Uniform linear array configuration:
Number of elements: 48
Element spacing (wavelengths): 0.75
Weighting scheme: hann
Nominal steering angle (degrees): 15
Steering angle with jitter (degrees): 16.68
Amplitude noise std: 0.05
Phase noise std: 0.05

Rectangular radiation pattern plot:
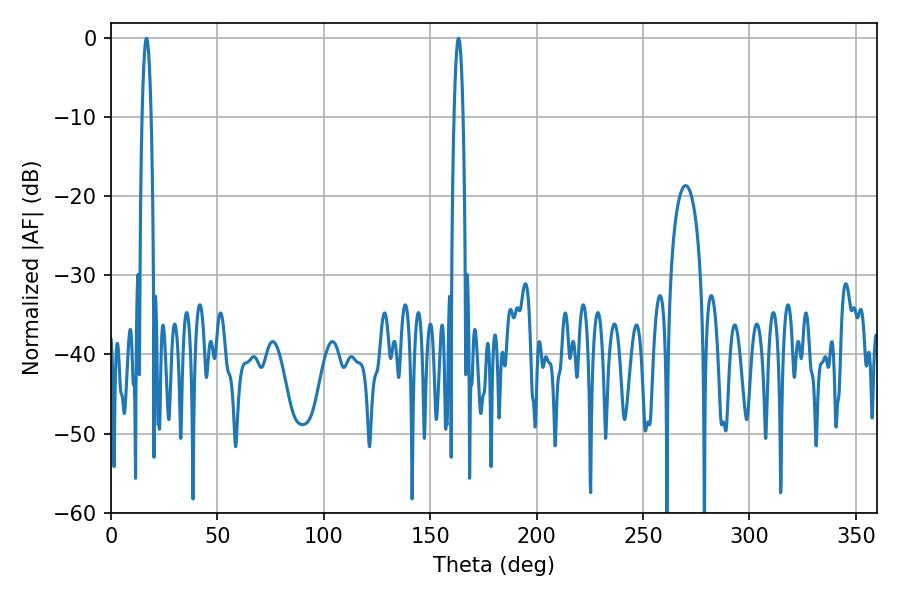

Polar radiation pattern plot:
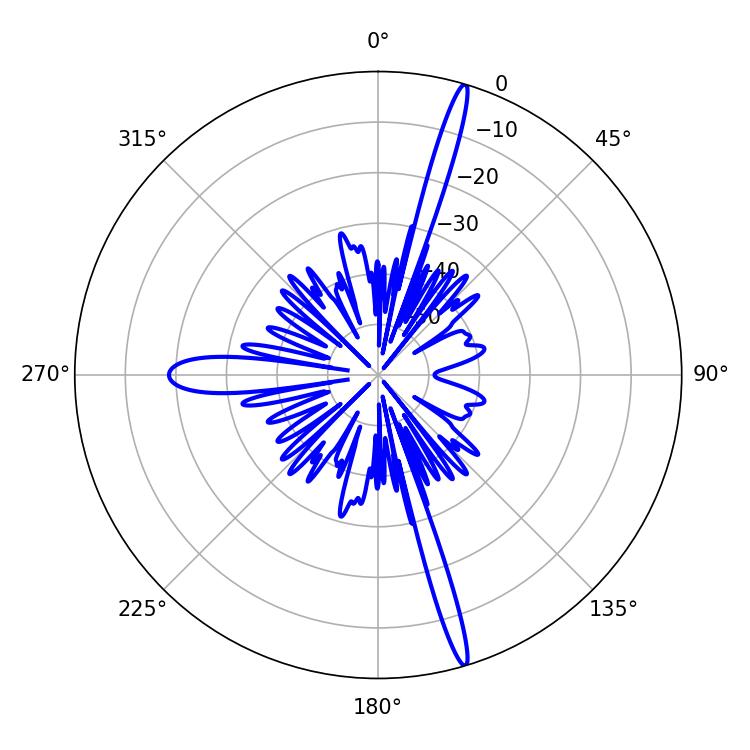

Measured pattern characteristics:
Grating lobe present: TRUE
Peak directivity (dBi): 19.277
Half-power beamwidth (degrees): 2.34
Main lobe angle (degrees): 16.74